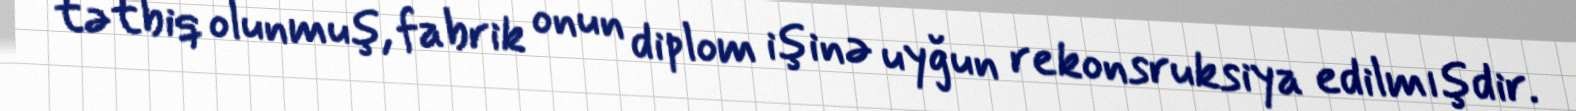
tətbiq olunmuş, fabrik onun diplom işinə uyğun rekonsruksiya edilmışdir.